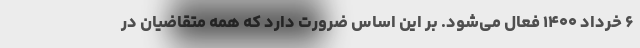
۶ خرداد ۱۴۰۰ فعال می‌شود. بر این اساس ضرورت دارد که همه متقاضیان در